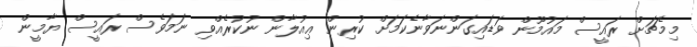
މިމެޗަށް ރައީސް މައުމޫން ވަޑައިގަންނަވާނެކަމަށް ކުރިން ޢިއުލާން ނުކުރެއްވި ނަމަވެސް ރައީސް ޔާމީން